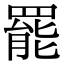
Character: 罷